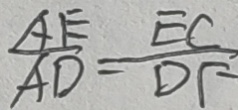
\frac { A E } { A D } = \frac { E C } { D F }